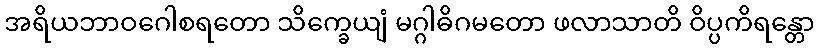
အရိယဘာဝဂေါစရတော သိက္ခေယျံ မဂ္ဂါဓိဂမတော ဖလာသာတိ ဝိပ္ပကိရန္တော